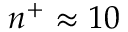
n ^ { + } \approx 1 0